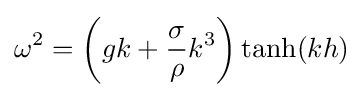
\omega ^{2}=\left(gk+{\frac {\sigma }{\rho }}k^{3}\right)\tanh(kh)